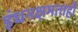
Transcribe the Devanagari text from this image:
इंधनक्षमताही